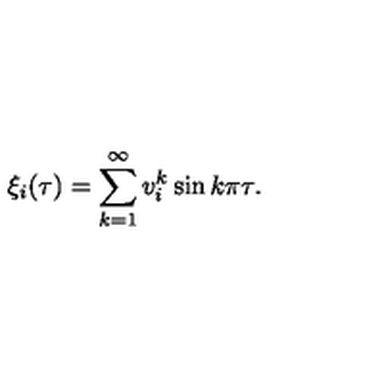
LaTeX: \xi _ { i } ( \tau ) = \sum _ { k = 1 } ^ { \infty } v _ { i } ^ { k } \sin k \pi \tau .